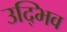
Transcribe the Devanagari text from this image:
उद्भिव